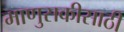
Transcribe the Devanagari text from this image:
माणुसकीसाठी